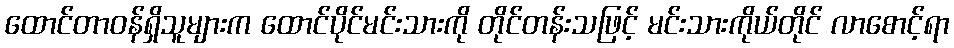
ထောင်တာဝန်ရှိသူများက ထောင်ပိုင်မင်းသားကို တိုင်တန်းသဖြင့် မင်းသားကိုယ်တိုင် လာစောင့်ရာ